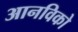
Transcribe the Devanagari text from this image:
आनविको